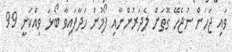
ވައި ޖަހަން ނުޖެހޭ ގޮތަށް ލެދަރުންނާއި ފޯމުން ހަދާފައިވާ ބޯޅަ ވިއްކަނީ 99